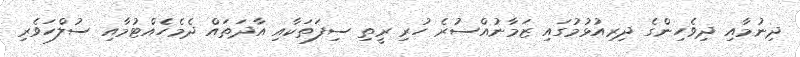
ދިނުމާއި ދިވެހިންގެ ދިރިއުޅުމުގައި ޒަމާނުއްސުރެ ހުރި ރީތި ސިފަތަކާއި އާދަތައް ދެމެހެއްޓުމާއި ސުލްހަވެރި